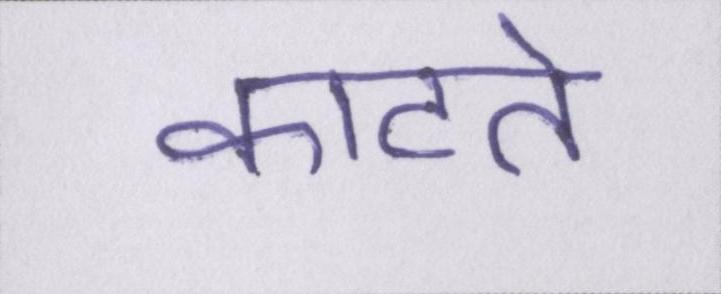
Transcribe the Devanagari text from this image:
काटते